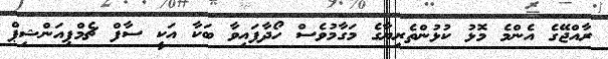
ރާއްޖޭގެ އެންމެ މޮޅު ކުޅުންތެރިޔާގެ މަގާމުވެސް ހޯދާފައިވާ ބަކާ އަކީ ސާފް ޗެމްޕިއަންޝިޕް